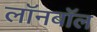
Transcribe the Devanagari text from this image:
लॉनबॉल